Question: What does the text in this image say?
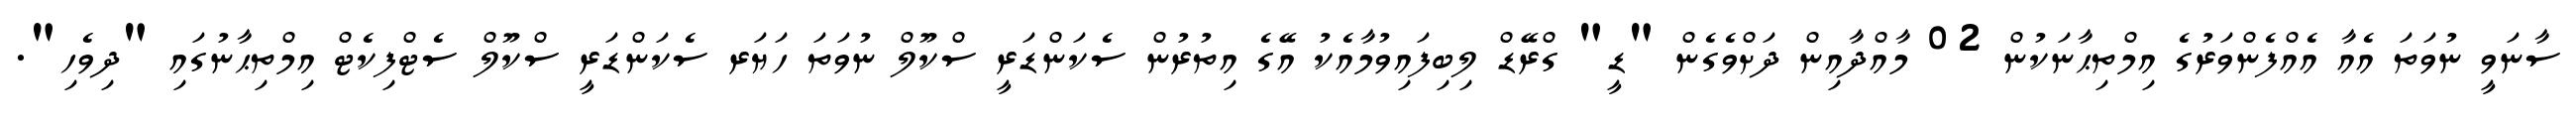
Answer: ސާނަވީ ނުވަތަ އެއާ އެއްފެންވަރުގެ އިމްތިޙާނަކުން 02 މާއްދާއިން ދަށްވެގެން "ޑީ" ގްރޭޑް ލިބިފައިވުމާއެކު އޭގެ އިތުރުން ސެކަންޑަރީ ސްކޫލް ނުވަތަ ހަޔަރ ސެކަންޑަރީ ސްކޫލް ސެޓްފިކެޓް އިމްތިޙާނުގައި "ދިވެހި".